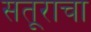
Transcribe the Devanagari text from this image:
सतूराचा